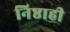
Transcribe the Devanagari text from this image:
निष्ठाही